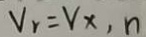
V _ { r } = V x , n